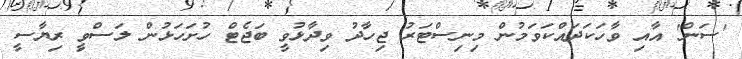
'ސަން' އާއި ވާހަކަދައްކަވަމުން މިނިސްޓަރު ޖިހާދު ވިދާޅުވީ ބަޖެޓް ހުށަހަޅުން ލަސްވީ ރިޔާސީ